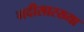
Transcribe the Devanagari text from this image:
नदीसारख्या